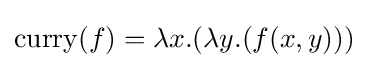
{\text{curry}}(f)=\lambda x.(\lambda y.(f(x,y)))